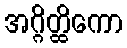
အဂ္ဂိတ္ထိကော